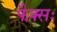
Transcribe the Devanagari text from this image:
फैक्सः